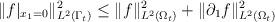
LaTeX: \begin{align*}\Vert f\vert_{x_1=0}\Vert^2_{L^2(\Gamma_t)}\le\Vert f\Vert^2_{L^2(\Omega_t)}+\Vert\partial_1 f\Vert^2_{L^2(\Omega_t)}\end{align*}